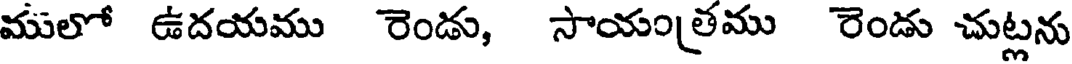
ములో ఉదయము రెండు, సాయంత్రము రెండు చుట్లను